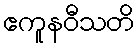
ဧကူနဝီသတိ